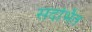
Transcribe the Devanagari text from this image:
सदर्भित